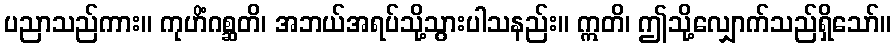
ပညာသည်ကား။ ကုဟိံဂစ္ဆတိ၊ အဘယ်အရပ်သို့သွားပါသနည်း။ ဣတိ၊ ဤသို့လျှောက်သည်ရှိသော်။